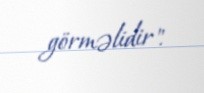
görməlidir".